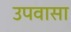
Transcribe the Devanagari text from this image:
उपवासा